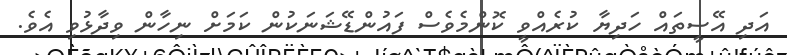
އަދި އޭސީތައް ހަދިޔާ ކުރެއްވީ ކޮންމެވެސް ފައުންޑޭޝަނަކުން ކަމަށް ނިހާން ވިދާޅުވި އެވެ.